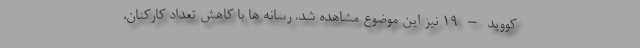
کووید – ۱۹ نیز این موضوع مشاهده شد. رسانه ها با کاهش تعداد کارکنان،